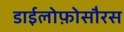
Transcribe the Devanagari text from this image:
डाईलोफ़ोसौरस